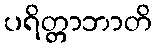
ပရိတ္တာဘာတိ